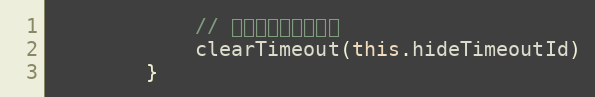
Language: JavaScript
            // 清除之前的定时隐藏
            clearTimeout(this.hideTimeoutId)
        }